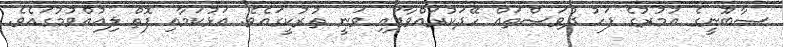
ޞާބޫނީގެ އުމުރުގެ ފަހު ދުވަސްތައް ހޭދަކުރައްވާފައި ވަނީ ތުރުކީގައެވެ. އަޅުކަމާއި ފޮތް ލިއުއްވުމުގައެވެ.